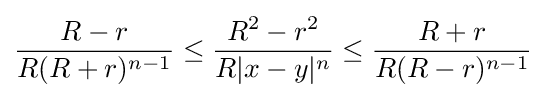
{\frac {R-r}{R(R+r)^{n-1}}}\leq {\frac {R^{2}-r^{2}}{R|x-y|^{n}}}\leq {\frac {R+r}{R(R-r)^{n-1}}}